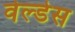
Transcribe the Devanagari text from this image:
वेल्‍डेस